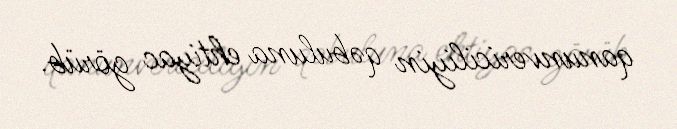
qanunvericiliyin qəbuluna ehtiyac görüb.